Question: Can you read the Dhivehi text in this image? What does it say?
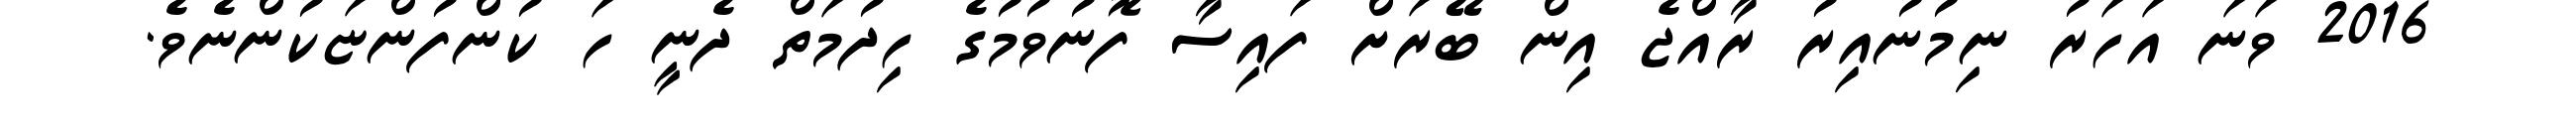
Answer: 2016 ވަނަ އަހަރު ނިމުނުއިރު ރާއްޖެ އިން ބޭރަށް ފައިސާ ފޮނުވުމުގެ ހިދުމަތް ދެނީ ހަ ކުންފުންޏަކުންނެވެ.